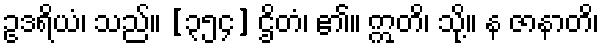
ဥဒရိယံ၊ သည်။ [၃၅၄] ဌိတံ၊ ၏။ ဣတိ၊ သို့။ န ဇာနာတိ၊